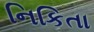
નિકિતા